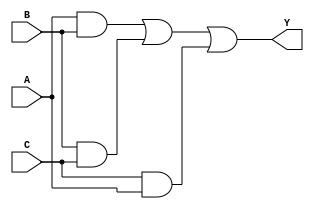
`timescale 1ns / 1ps
//////////////////////////////////////////////////////////////////////////////////
// Company: 
// Engineer: 
// 
// Design Name: 
// Module Name:    test 
// Project Name: 
// Target Devices: 
// Tool versions: 
// Description: 
//
// Dependencies: 
//
// Revision: 
// Revision 0.01 - File Created
// Additional Comments: 
//
//////////////////////////////////////////////////////////////////////////////////
module test(
    input A,
    input B,
    input C,
    output Y
    );

assign Y = (A&B)|(B&C)|(C&A);

endmodule